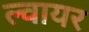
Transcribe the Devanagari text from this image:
ल्वायर